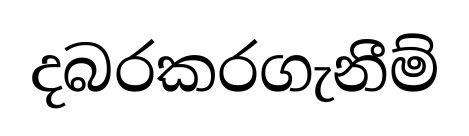
දබරකරගැනීම්